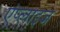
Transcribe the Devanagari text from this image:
एंप्लाइज